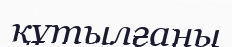
құтылғаны